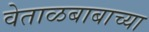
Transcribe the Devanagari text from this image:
वेताळबाबाच्या